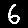
Digit: 6